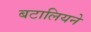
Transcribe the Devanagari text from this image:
बटालियने